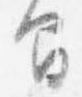
間